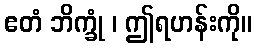
ဧတံ ဘိက္ခုံ ၊ ဤရဟန်းကို။